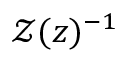
\mathcal { Z } ( z ) ^ { - 1 }